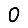
Digit: 0